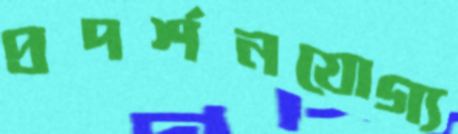
প্রদর্শনযোগ্য